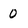
Character: 0